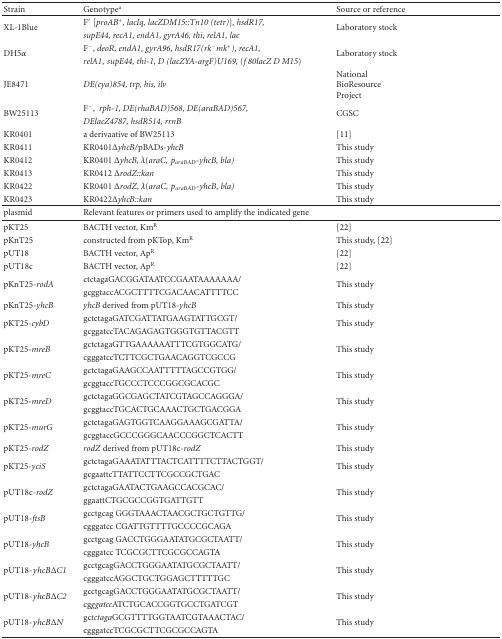
<table><thead><tr><td><b>Strain</b></td><td><b>Genotype<sup>a</sup></b></td><td><b>Source or reference</b></td></tr></thead><tbody><tr><td rowspan="2">XL-1Blue</td><td>F′ [<i>proAB<sup>+</sup>, lacIq, lacZDM15::Tn10 (tetr)</i>]<i>, hsdR17, </i></td><td rowspan="2">Laboratory stock</td></tr><tr><td><i>supE44, recA1, endA1, gyrA46, thi, relA1, lac</i></td></tr><tr><td rowspan="2">DH5<i>α</i></td><td>F<sup>−</sup>, <i>deoR, endA1, gyrA96, hsdR17(rk<sup>−</sup>mk<sup>+</sup>), recA1, </i></td><td rowspan="2">Laboratory stock</td></tr><tr><td><i>relA1</i>,<i>supE44, thi-1, D (lacZYA-argF)U169, </i>(<i>f 80lacZ D M15</i>)</td></tr><tr><td>JE8471</td><td><i>DE(cya)854, trp, his, ilv </i></td><td>National BioResource Project</td></tr><tr><td rowspan="2">BW25113</td><td>F<sup>−</sup>,<i> rph-1, DE(rhaBAD)568, DE(araBAD)567, </i></td><td rowspan="2">CGSC</td></tr><tr><td><i>DElacZ4787, hsdR514, rrnB</i></td></tr><tr><td>KR0401</td><td>a derivaative of BW25113</td><td>[11]</td></tr><tr><td>KR0411</td><td>KR0401Δ<i>yhcB/</i>pBADs-<i>yhcB </i></td><td>This study</td></tr><tr><td>KR0412</td><td>KR0401 Δ<i>yhcB</i>, <i>λ</i>(<i>araC, p</i><sub><i>araBAD</i></sub><i>-yhcB, bla) </i></td><td>This study</td></tr><tr><td>KR0413</td><td>KR0412 Δ<i>rodZ::kan </i></td><td>This study</td></tr><tr><td>KR0422</td><td>KR0401 Δ<i>rodZ</i>, <i>λ</i>(<i>araC, p</i><sub><i>araBAD</i></sub><i>-yhcB, bla) </i></td><td>This study</td></tr><tr><td>KR0423</td><td>KR0422Δ<i>yhcB::kan </i></td><td>This study</td></tr><tr><td>plasmid</td><td>Relevant features or primers used to amplify the indicated gene</td><td> </td></tr><tr><td>pKT25</td><td>BACTH vector, Km<sup>R</sup></td><td>[22]</td></tr><tr><td>pKnT25</td><td>constructed from pKTop, Km<sup>R</sup></td><td>This study, [22]</td></tr><tr><td>pUT18</td><td>BACTH vector, Ap<sup>R</sup></td><td>[22]</td></tr><tr><td>pUT18c</td><td>BACTH vector, Ap<sup>R</sup></td><td>[22]</td></tr><tr><td rowspan="2">pKnT25-<i>rodA </i></td><td>ctctagaGACGGATAATCCGAATAAAAAAA/</td><td rowspan="2">This study</td></tr><tr><td>gcggtaccACGCTTTTCGACAACATTTTCC</td></tr><tr><td>pKnT25-<i>yhcB </i></td><td><i>yhcB</i> derived from pUT18-<i>yhcB </i></td><td>This study</td></tr><tr><td rowspan="2">pKT25-<i>cybD </i></td><td>gctctagaGATCGATTATGAAGTATTGCGT/</td><td rowspan="2">This study</td></tr><tr><td>gcggatccTACAGAGAGTGGGTGTTACGTT</td></tr><tr><td rowspan="2">pKT25-<i>mreB </i></td><td>gctctagaGTTGAAAAAATTTCGTGGCATG/</td><td rowspan="2">This study</td></tr><tr><td>cgggatccTCTTCGCTGAACAGGTCGCCG</td></tr><tr><td rowspan="2">pKT25-<i>mreC </i></td><td>gctctagaGAAGCCAATTTTTAGCCGTGG/</td><td rowspan="2">This study</td></tr><tr><td>gcggtaccTGCCCTCCCGGCGCACGC</td></tr><tr><td rowspan="2">pKT25-<i>mreD </i></td><td>gctctagaGGCGAGCTATCGTAGCCAGGGA/</td><td rowspan="2">This study</td></tr><tr><td>gcggtaccTGCACTGCAAACTGCTGACGGA</td></tr><tr><td rowspan="2">pKT25-<i>murG </i></td><td>gctctagaGAGTGGTCAAGGAAAGCGATTA/</td><td rowspan="2">This study</td></tr><tr><td>gcggtaccGCCCGGGCAACCCGGCTCACTT</td></tr><tr><td>pKT25-<i>rodZ </i></td><td><i>rodZ</i> derived from pUT18c-<i>rodZ </i></td><td>This study</td></tr><tr><td rowspan="2">pKT25-<i>yciS </i></td><td>gctctagaGAAATATTTACTCATTTTCTTACTGGT/</td><td rowspan="2">This study</td></tr><tr><td>gcgaattcTTATTCCTTCGCCGCTGAC</td></tr><tr><td rowspan="2">pUT18c-<i>rodZ </i></td><td>gctctagaGAATACTGAAGCCACGCAC/</td><td rowspan="2">This study</td></tr><tr><td>ggaattCTGCGCCGGTGATTGTT</td></tr><tr><td rowspan="2">pUT18-<i>ftsB </i></td><td>gcctgcag GGGTAAACTAACGCTGCTGTTG/</td><td rowspan="2">This study</td></tr><tr><td>cgggatcc CGATTGTTTTGCCCCGCAGA</td></tr><tr><td rowspan="2">pUT18-<i>yhcB </i></td><td>gcctgcag GACCTGGGAATATGCGCTAATT/</td><td rowspan="2">This study</td></tr><tr><td>cgggatcc TCGCGCTTCGCGCCAGTA</td></tr><tr><td rowspan="2">pUT18-<i>yhcB</i>Δ<i>C1 </i></td><td>gcctgcagGACCTGGGAATATGCGCTAATT/</td><td rowspan="2">This study</td></tr><tr><td>cgggatccAGGCTGCTGGAGCTTTTTGC</td></tr><tr><td rowspan="2">pUT18-<i>yhcB</i>Δ<i>C2 </i></td><td>gcctgcagGACCTGGGAATATGCGCTAATT/</td><td rowspan="2">This study</td></tr><tr><td>cg<i>ggatcc</i>ATCTGCACCGGTGCCTGATCGT</td></tr><tr><td rowspan="2">pUT18-<i>yhcB</i>Δ<i>N </i></td><td>gc<i>tctaga</i>GCGTTTTGGTAATCGTAAACTAC/</td><td rowspan="2">This study</td></tr><tr><td>cgggatccTCGCGCTTCGCGCCAGTA</td></tr></tbody></table>